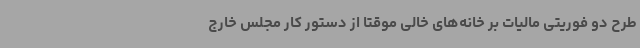
طرح دو فوریتی مالیات بر خانه‌های خالی موقتا از دستور کار مجلس خارج